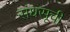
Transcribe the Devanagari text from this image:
संघसूची